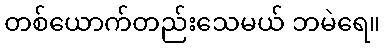
တစ်ယောက်တည်းသေမယ် ဘမဲရေ။